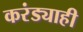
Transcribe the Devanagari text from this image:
करंड्याही